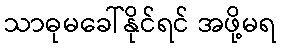
သာဓုမခေါ်နိုင်ရင် အဖို့မရ